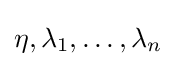
\eta ,\lambda _{1},\ldots ,\lambda _{n}